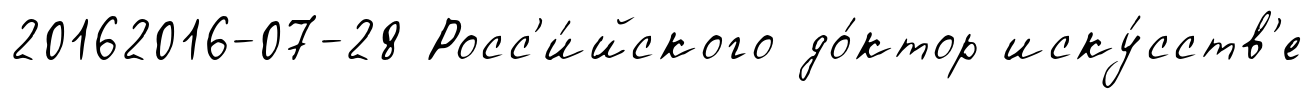
20162016-07-28 Росс'и́йского до́ктор иску́сств'е